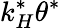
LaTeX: k_{H}^{*}\theta^{*}